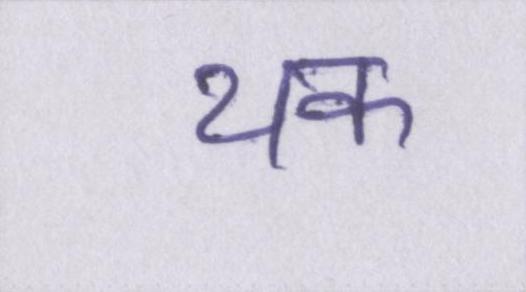
थक